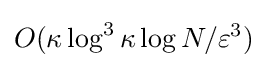
O(\kappa \log ^{3}\kappa \log N/\varepsilon ^{3})